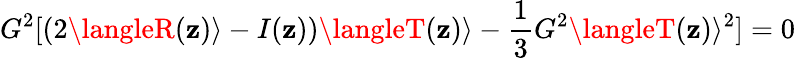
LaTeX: G^{2}[(2\langleR(\mathbf{z})\rangle-I(\mathbf{z}))\langleT(\mathbf{z})\rangle-\frac{{1}}{{3}}G^{2}\langleT(\mathbf{z})\rangle^{2}]=0